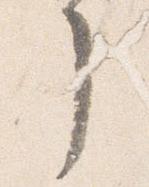
了